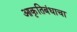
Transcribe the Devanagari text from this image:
आकृतिबंधाचा